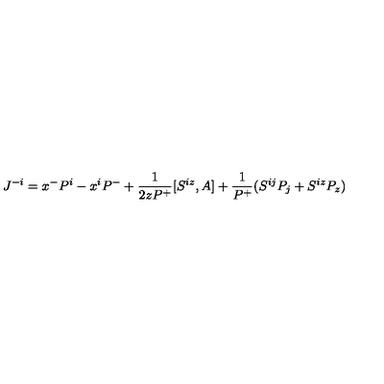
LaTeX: J ^ { - i } = x ^ { - } P ^ { i } - x ^ { i } P ^ { - } + \frac { 1 } { 2 z P ^ { + } } [ S ^ { i z } , A ] + \frac { 1 } { P ^ { + } } ( S ^ { i j } P _ { j } + S ^ { i z } P _ { z } )